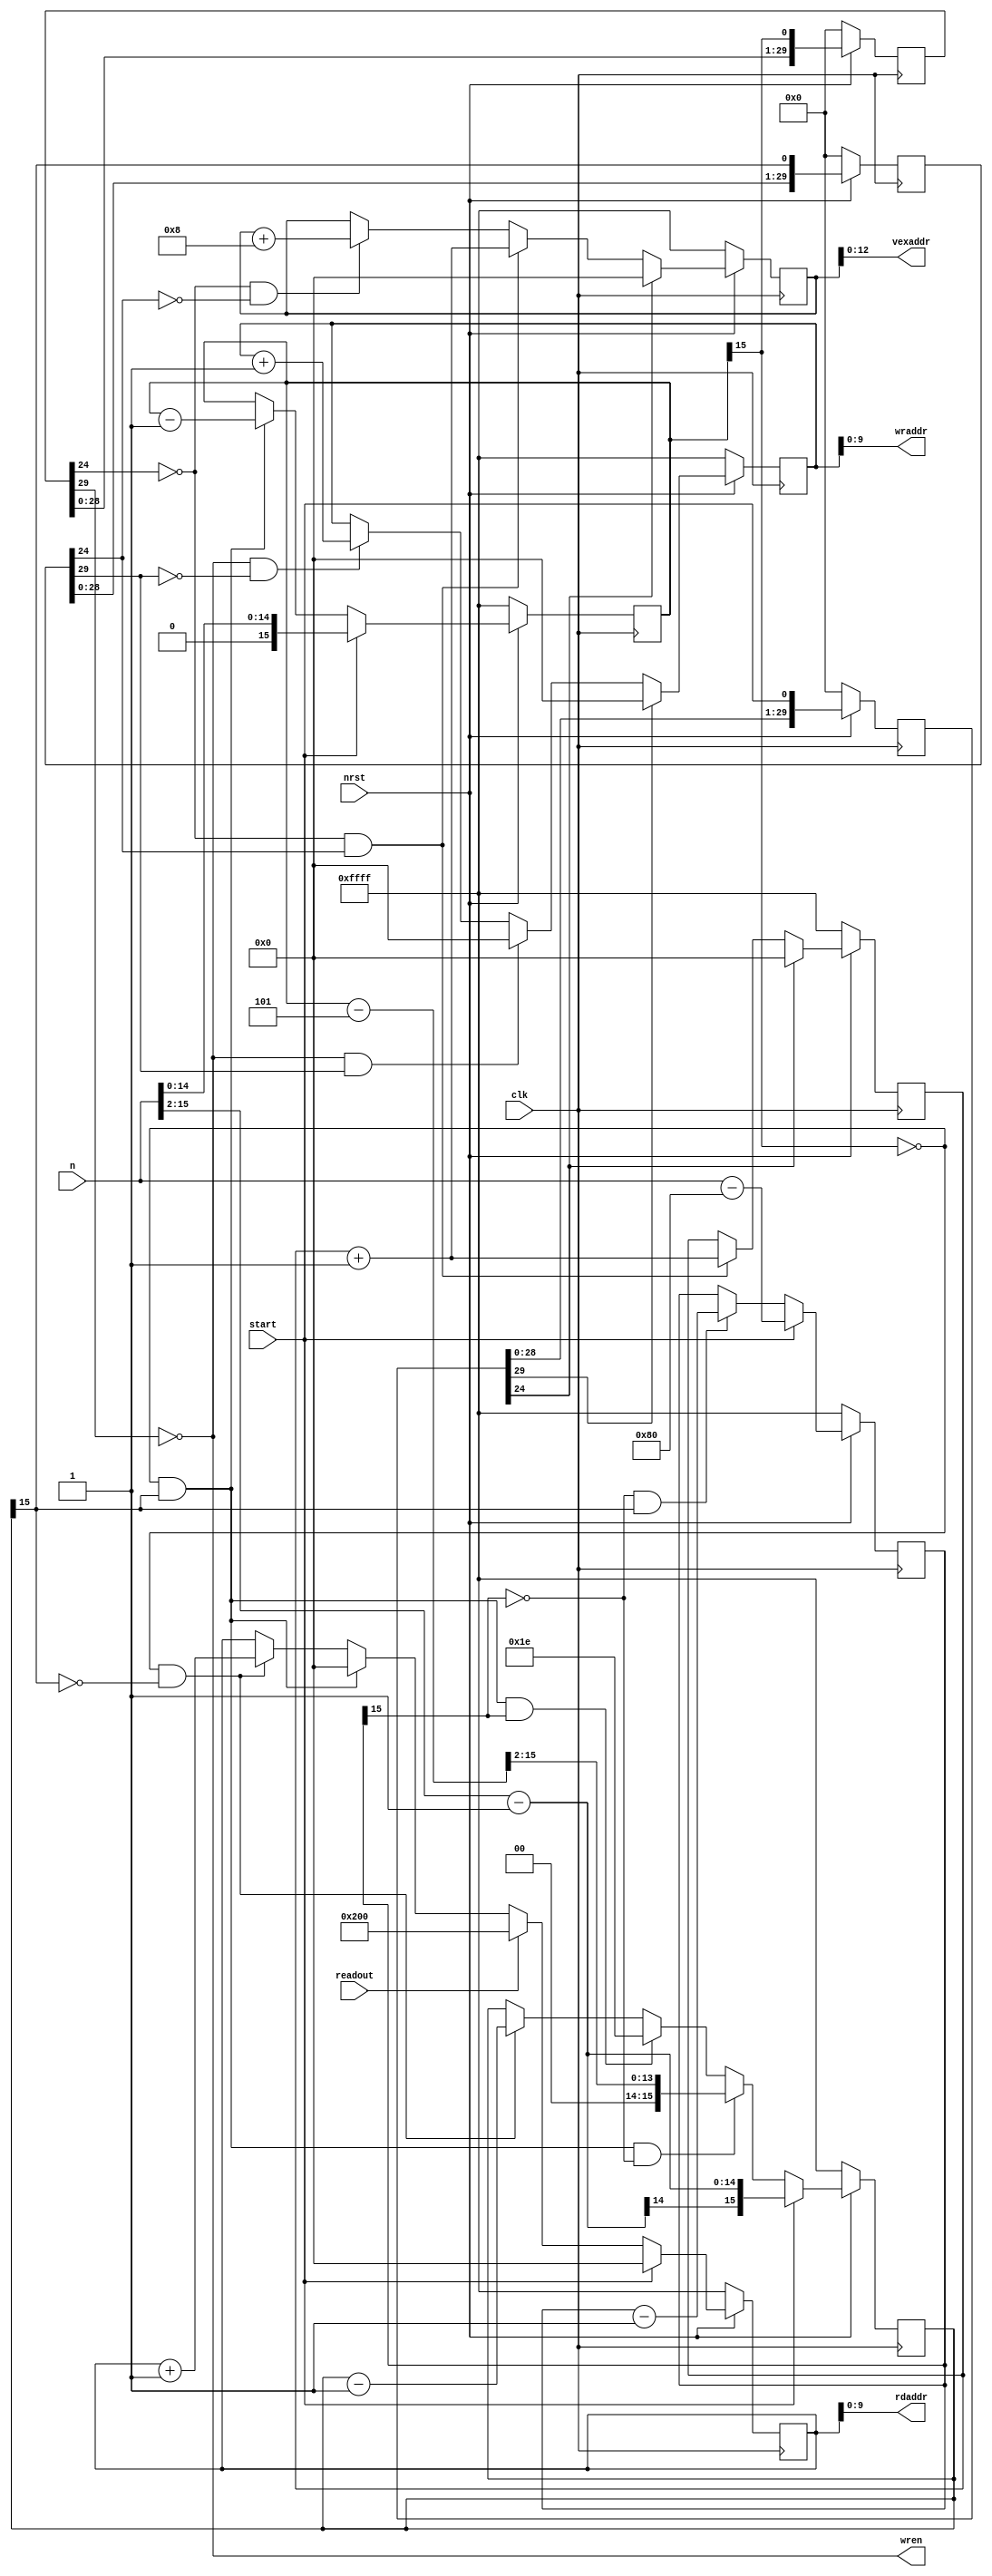
module addrgen(
	clk,
	nrst,
	start,
	readout,
	n,
	wraddr,
	wren,
	rdaddr,
	vexaddr
);
	
input  clk;
input  nrst;
input  start;
input  readout;
input  [15:0]n;
output [9:0]wraddr;
output [9:0]rdaddr;
output [12:0]vexaddr;
output wren;

reg [15:0]counter1;
reg [15:0]counter2;
reg [15:0]counter3;
reg [15:0]counter4;

reg [15:0]timer1;
reg [15:0]timer2;
reg [15:0]timer3;

reg [29:0]t1_exp_dly;
reg [29:0]t2_exp_dly;
reg [29:0]start_dly;

wire t1_expire = timer1[15];
wire t2_expire = timer2[15];
wire t3_expire = timer3[15];

assign rdaddr = counter1[9:0];
assign vexaddr = counter3[12:0];
assign wraddr = counter4[9:0];

//---------------------------------------------------------------------//
// Timers
//---------------------------------------------------------------------//

// Timer T1
//  - Loads 'n' on start.
//  - Stops counting when it reaches -1.
//  - Decrements on t2_expire;
always @(posedge clk)
  if (~nrst) timer1 <= -1;
  else if(start) timer1 <= {1'b0,n[14:0]}; 
  else if(!t1_expire && t2_expire) timer1 <= timer1 - 1;

// Timer T2
//  - Counts down from T1 divided by 4.
//  - Resets when it hits -1.
//  - Stops decrementing the initial input once t3 expires.
wire [15:0] t2_startval = {3'b0, n[15:2]} - 1;
wire [15:0] t1_minus = timer1 - 5;
always @(posedge clk)
  if (~nrst) timer2 <= -1;
  else if(start) timer2 <= t2_startval;
  else if(!t1_expire && t2_expire && !t3_expire)  timer2 <= {3'b0, t1_minus[15:2]};
  else if(!t1_expire && t2_expire && t3_expire) timer2 <= 30;
  else if(!t1_expire && !t2_expire) timer2 <= timer2 - 1;

// Timer T3
always @(posedge clk)
  if(~nrst) timer3 <= -1;
  else if(start) timer3 <= n-128;  // For a 30 cycle pipeline.
  else if(!t3_expire && t2_expire) timer3 <= timer3 - 1;
  
  
// Shift registers for delayed counting.
always@(posedge clk)
  if (~nrst) t1_exp_dly <= 0;
  else t1_exp_dly <= {t1_exp_dly[28:0], t1_expire};

always@(posedge clk)
  if(~nrst) t2_exp_dly <= 0;
  else t2_exp_dly <= {t2_exp_dly[28:0], t2_expire};

always@(posedge clk)
  if(~nrst) start_dly <= 0;
  else start_dly <= {start_dly[28:0], start};

wire sig_a = t1_exp_dly[24];
wire sig_b = t2_exp_dly[24];
wire sig_c = start_dly[24];

wire sig_d = t1_exp_dly[29];
wire sig_e = t2_exp_dly[29];
wire sig_f = start_dly[29];

assign wren = !sig_d;

  
//---------------------------------------------------------------------//
// Logic for generating rdaddr.
//---------------------------------------------------------------------//
  
// Counter C1
//  - Counts up from 0.
//  - Resets when t2 expires.
//  - Stops when  t1 expires.
always @(posedge clk)
  if (~nrst) counter1 <= -1;
  else if(start) counter1 <= 0;
  else if(readout) counter1 <= 10'b1000000000;
  else if(!t1_expire && t2_expire) counter1 <= 0;
  else if(!t1_expire && !t2_expire) counter1 <= counter1 + 1;
 
//---------------------------------------------------------------------//
// Logic for generating vex_addr.  
//---------------------------------------------------------------------//
    
// Counter C2
//  - Counts up from 0.
//  - Resets at start.
//  - Stops counting when t4 expires.
always @(posedge clk)
  if(~nrst) counter2 <= -1;
  else if(sig_c) counter2 <= 0;
  else if(!sig_a && sig_b) counter2 <= counter2 + 1;
  
// Counter C3
//  - Counts up from 0.
//  - Resets at start.
//  - Stops counting when t1 expires.
always @(posedge clk)
  if(~nrst) counter3 <= -1;
  else if(sig_c) counter3 <= 0;
  else if(!sig_a && sig_b)  counter3 <= counter2 + 1;
  else if(!sig_a && !sig_b) counter3 <= counter3 + 8;

//---------------------------------------------------------------------//
// Logic for generating wraddr.
//---------------------------------------------------------------------//
  
// Counter C4
//  - Counts up from 0.
//  - Resets when t2 expires.
//  - Stops when  t1 expires.
always @(posedge clk)
  if (~nrst) counter4 <= -1;
  else if(sig_f) counter4 <= 0;
  else if(!sig_d && sig_e) counter4 <= 0;
  else if(!sig_d && !sig_e) counter4 <= counter4 + 1;

endmodule